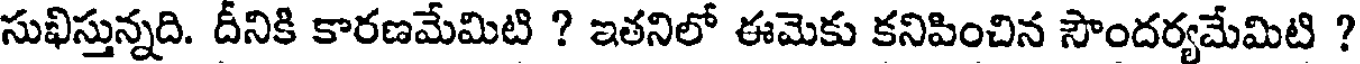
సుఖిస్తున్నది. దీనికి కారణమేమిటి ? ఇతనిలో ఈమెకు కనిపించిన సౌందర్యమేమిటి ?